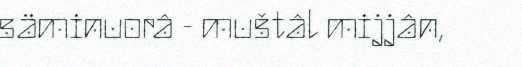
säminuorâ - muštâl mijjân,